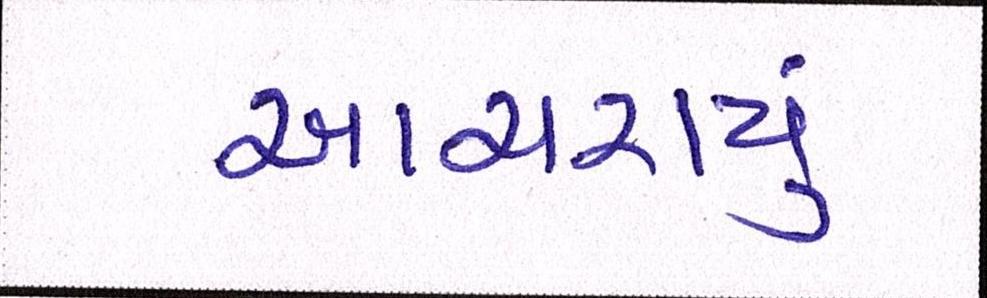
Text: આચરાયું